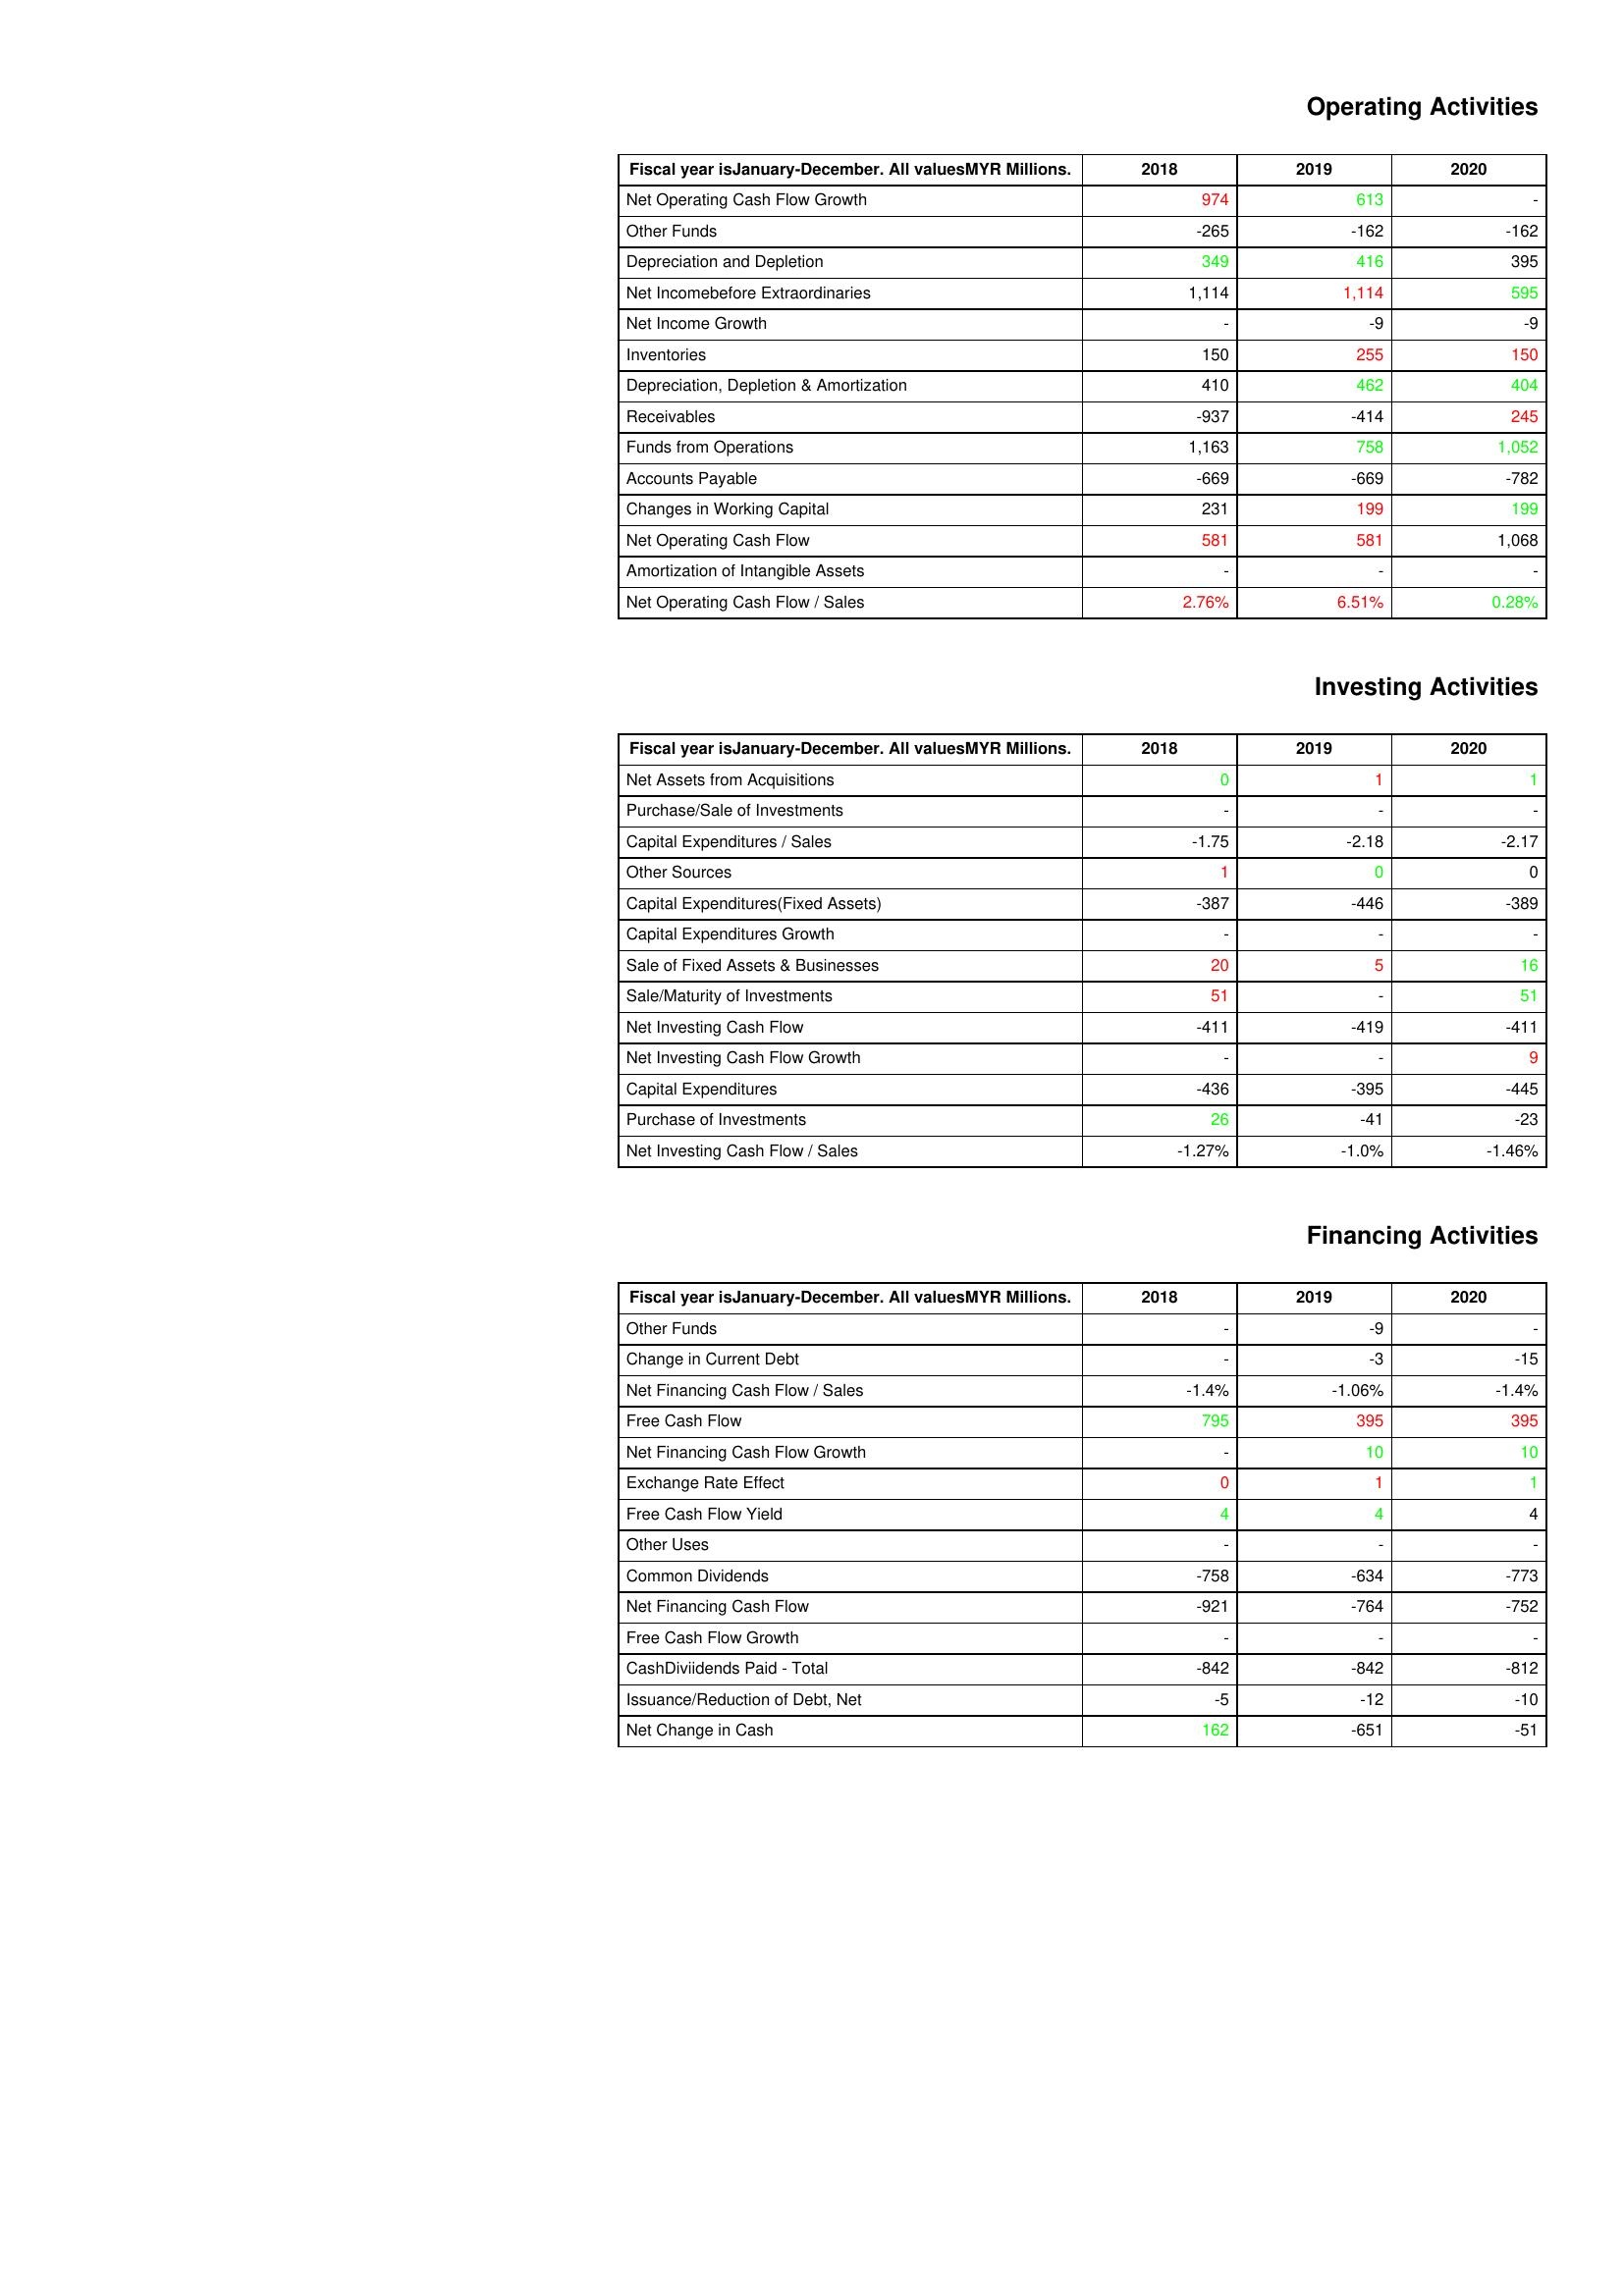
gt_parse: 2018: Operating Activities: Net Operating Cash Flow Growth: 974
Other Funds: -265
Depreciation and Depletion: 349
Net Incomebefore Extraordinaries: 1,114
Net Income Growth: -
Inventories: 150
Depreciation, Depletion & Amortization: 410
Receivables: -937
Funds from Operations: 1,163
Accounts Payable: -669
Changes in Working Capital: 231
Net Operating Cash Flow: 581
Amortization of Intangible Assets: -
Net Operating Cash Flow / Sales: 2.76%
Investing Activities: Net Assets from Acquisitions: 0
Purchase/Sale of Investments: -
Capital Expenditures / Sales: -1.75
Other Sources: 1
Capital Expenditures(Fixed Assets): -387
Capital Expenditures Growth: -
Sale of Fixed Assets & Businesses: 20
Sale/Maturity of Investments: 51
Net Investing Cash Flow: -411
Net Investing Cash Flow Growth: -
Capital Expenditures: -436
Purchase of Investments: 26
Net Investing Cash Flow / Sales: -1.27%
Financing Activities: Other Funds: -
Change in Current Debt: -
Net Financing Cash Flow / Sales: -1.4%
Free Cash Flow: 795
Net Financing Cash Flow Growth: -
Exchange Rate Effect: 0
Free Cash Flow Yield: 4
Other Uses: -
Common Dividends: -758
Net Financing Cash Flow: -921
Free Cash Flow Growth: -
CashDiviidends Paid - Total: -842
Issuance/Reduction of Debt, Net: -5
Net Change in Cash: 162
2019: Operating Activities: Net Operating Cash Flow Growth: 613
Other Funds: -162
Depreciation and Depletion: 416
Net Incomebefore Extraordinaries: 1,114
Net Income Growth: -9
Inventories: 255
Depreciation, Depletion & Amortization: 462
Receivables: -414
Funds from Operations: 758
Accounts Payable: -669
Changes in Working Capital: 199
Net Operating Cash Flow: 581
Amortization of Intangible Assets: -
Net Operating Cash Flow / Sales: 6.51%
Investing Activities: Net Assets from Acquisitions: 1
Purchase/Sale of Investments: -
Capital Expenditures / Sales: -2.18
Other Sources: 0
Capital Expenditures(Fixed Assets): -446
Capital Expenditures Growth: -
Sale of Fixed Assets & Businesses: 5
Sale/Maturity of Investments: -
Net Investing Cash Flow: -419
Net Investing Cash Flow Growth: -
Capital Expenditures: -395
Purchase of Investments: -41
Net Investing Cash Flow / Sales: -1.0%
Financing Activities: Other Funds: -9
Change in Current Debt: -3
Net Financing Cash Flow / Sales: -1.06%
Free Cash Flow: 395
Net Financing Cash Flow Growth: 10
Exchange Rate Effect: 1
Free Cash Flow Yield: 4
Other Uses: -
Common Dividends: -634
Net Financing Cash Flow: -764
Free Cash Flow Growth: -
CashDiviidends Paid - Total: -842
Issuance/Reduction of Debt, Net: -12
Net Change in Cash: -651
2020: Operating Activities: Net Operating Cash Flow Growth: -
Other Funds: -162
Depreciation and Depletion: 395
Net Incomebefore Extraordinaries: 595
Net Income Growth: -9
Inventories: 150
Depreciation, Depletion & Amortization: 404
Receivables: 245
Funds from Operations: 1,052
Accounts Payable: -782
Changes in Working Capital: 199
Net Operating Cash Flow: 1,068
Amortization of Intangible Assets: -
Net Operating Cash Flow / Sales: 0.28%
Investing Activities: Net Assets from Acquisitions: 1
Purchase/Sale of Investments: -
Capital Expenditures / Sales: -2.17
Other Sources: 0
Capital Expenditures(Fixed Assets): -389
Capital Expenditures Growth: -
Sale of Fixed Assets & Businesses: 16
Sale/Maturity of Investments: 51
Net Investing Cash Flow: -411
Net Investing Cash Flow Growth: 9
Capital Expenditures: -445
Purchase of Investments: -23
Net Investing Cash Flow / Sales: -1.46%
Financing Activities: Other Funds: -
Change in Current Debt: -15
Net Financing Cash Flow / Sales: -1.4%
Free Cash Flow: 395
Net Financing Cash Flow Growth: 10
Exchange Rate Effect: 1
Free Cash Flow Yield: 4
Other Uses: -
Common Dividends: -773
Net Financing Cash Flow: -752
Free Cash Flow Growth: -
CashDiviidends Paid - Total: -812
Issuance/Reduction of Debt, Net: -10
Net Change in Cash: -51